Bulletin of the Pasteur Institute of Southern India, Coonoor - No. 2.
Year: 1909
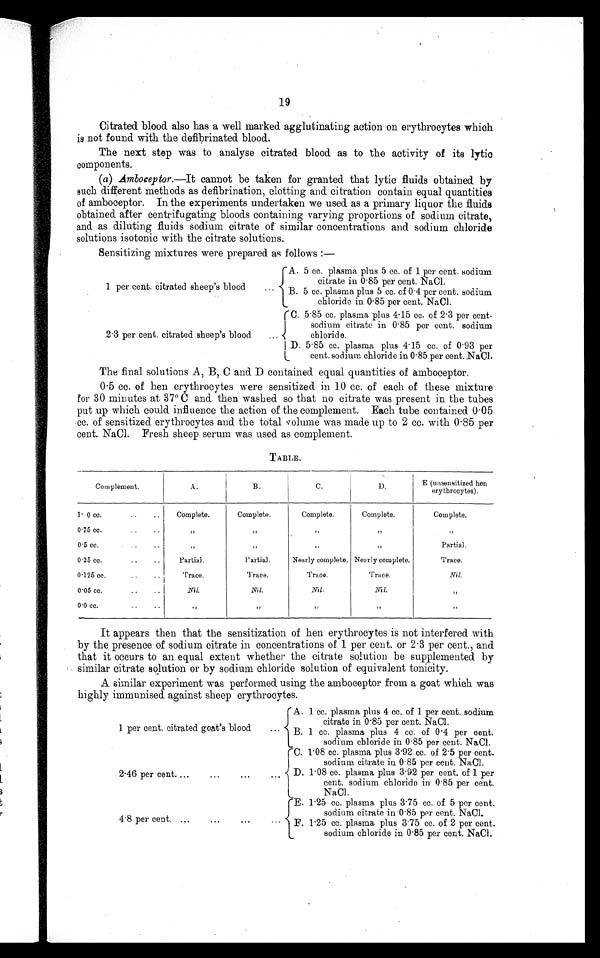
19
Citrated blood also has a well marked agglutinating action on erythrocytes which
is not found with the defibrinated blood.
The next step was to analyse citrated blood as to the activity of its lytic
components.
(a) Amboceptor — It cannot be taken for granted that lytic fluids obtained by
such different methods as defibrination, clotting and citration contain equal quantities
of amboceptor. In the experiments undertaken we used as a primary liquor the fluids
obtained after centrifugating bloods containing varying proportions of sodium citrate,
and as diluting fluids sodium citrate of similar concentrations and sodium chloride
solutions isotonic with the citrate solutions.
Sensitizing mixtures were prepared as follows :—
1 per cent. citrated sheep's blood
A.
5 cc. plasma plus 5 cc. of 1 per cent. sodium
citrate in 0.85 per cent. NaC
l
B.
5 cc. plasma plus 5 cc. of 0.4 per cent. sodium
chloride in 0.85 per cent. NaCI.
2. 3 per cent. citrated sheep's blood
C.
5.85 cc. plasma plus 4.15 cc. of 2.3 per cent.
sodium citrate in 0.85 per cent. sodium
chloride.
D.
5.85 cc. plasma plus 4.15 cc. of 0.93 per
.cent.
sodium chloride in 0.85 per cent. ,NaCl.
The final solutions A, B, C and D contained equal quantities of amboceptor.
0 . 5 cc. of hen erythrocytes were sensitized in 10 cc. of each of these mixture
for 30 minutes at 37°C and then washed so that no citrate was present in the tubes
put up which could influence the action of the complement. Each tube contained 0.05
cc. of sensitized erythrocytes and the total volume was made up to 2 cc. with 0 . 85 per
cent. NaCl. Fresh sheep serum was used as complement.
TABLE.
Complement.
A.
B.
C.
D . E (unsensitized hen
erythrocytes).
1.0 cc.
Complete.
Complete.
Complete.
Complete.
Complete.
0.75 cc.
0.5 cc.
Partial.
0.25 cc.
Partial.
Partial.
Nearly complete. Nearly complete.
Trace.
0.125 cc.
Trace.
Trace.
Trace.
Nil.
0.05 cc.
INil.
Nil.
Nil.
Nil.
0.0 cc.
,
It appears then that the sensitization of hen erythrocytes is not interfered with
by the presence of sodium citrate in concentrations of 1 per cent. or 2 . 3 per cent., and
that it occurs to an equal extent whether the citrate solution be supplemented. by
similar citrate solution or by sodium chloride solution of equivalent tonicity.
A similar experiment was performed. using the amboceptor from a goat which was
highly immunised against sheep erythrocytes.
1. per cent. citrated goat's blood
A. 1 cc. plasma plus 4 cc. of 1 per cent. sodium
citrate in 0.85 . p e r c e n t N a C l .
B. 1 cc. plasma plus 4 cc. of 0.4 per cent.
sodium chloride in 0.85 per cent. NaCI.
2. 46 per cent.
C. 1.08 cc. plasma plus 3.92 cc. of 2.5 per cent.
sodium citrate in 0.85 per cent. NaCl.
D. 1.08 cc. plasma plus 3.92 per cent. of 1 per
cent.of
1 per cen. sodium chloride in 0.85 per cent.
NaCl.
4 . 8 per cent.
E.
1.25 cc. plasma plus 3.75 cc. of 5 per cent.
sodium citrate in 0.85 per cent. NaCl.
F.
1.25 cc. plasma plus 3.75 cc. of 2 per cent.
sodium chloride in 0.85 per cent. NaCl.